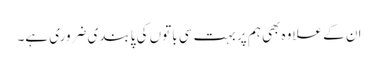
ان کے علاوہ بھی ہم پر بہت سی باتوں کی پابندی ضروری ہے۔